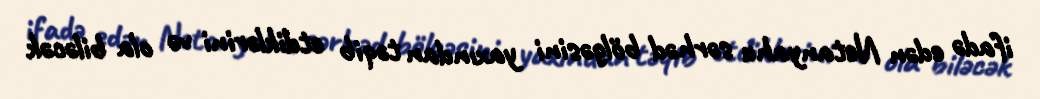
ifadə edən Netanyahu sərhəd bölgəsini yaxından təqib etdiklərini və ola biləcək